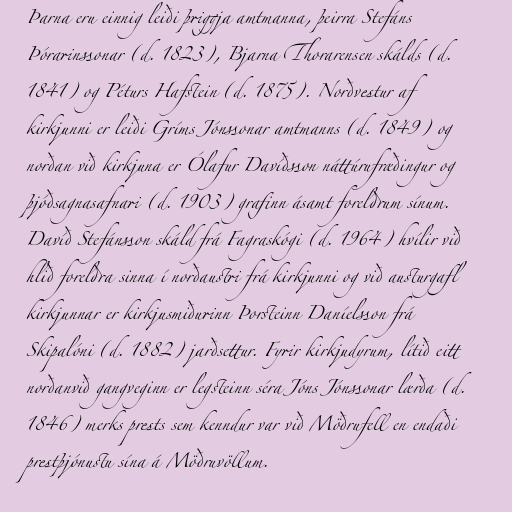
Þarna eru einnig leiði þriggja amtmanna, þeirra Stefáns
Þórarinssonar (d. 1823), Bjarna Thorarensen skálds (d.
1841) og Péturs Hafstein (d. 1875). Norðvestur af
kirkjunni er leiði Gríms Jónssonar amtmanns (d. 1849) og
norðan við kirkjuna er Ólafur Davíðsson náttúrufræðingur og
þjóðsagnasafnari (d. 1903) grafinn ásamt foreldrum sínum.
Davíð Stefánsson skáld frá Fagraskógi (d. 1964) hvílir við
hlið foreldra sinna í norðaustri frá kirkjunni og við austurgafl
kirkjunnar er kirkjusmiðurinn Þorsteinn Daníelsson frá
Skipalóni (d. 1882) jarðsettur. Fyrir kirkjudyrum, lítið eitt
norðanvið gangveginn er legsteinn séra Jóns Jónssonar lærða (d.
1846) merks prests sem kenndur var við Möðrufell en endaði
prestþjónustu sína á Möðruvöllum.